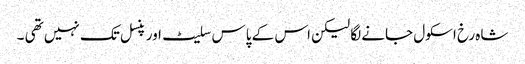
شاہ رخ اسکول جانے لگا لیکن اس کے پاس سلیٹ اور پنسل تک نہیں تھی ۔